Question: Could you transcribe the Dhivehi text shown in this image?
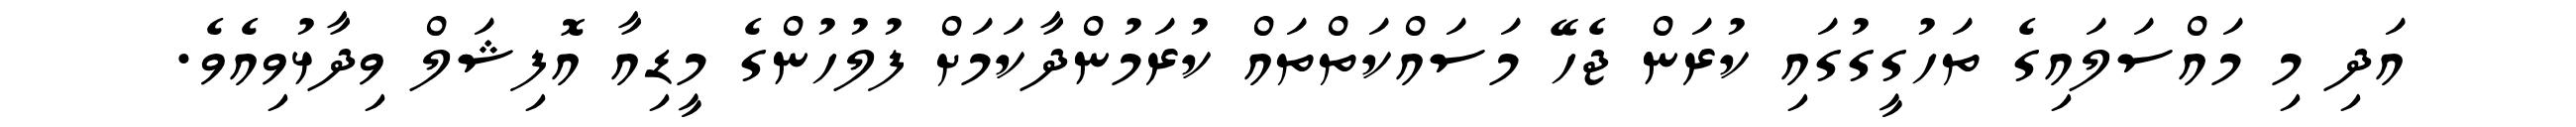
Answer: އަދި މި މައްސަލައިގެ ތަހުގީގުގައި ކުރަން ޖެހޭ މަސައްކަތްތައް ކުރަމުންދާކަމަށް ފުލުހުންގެ މީޑިއާ އޮފިޝަލް ވިދާޅުވިއެވެ.